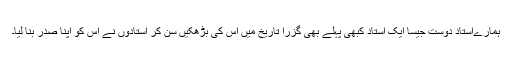
ہمارےاستاد دوست جیسا ایک استاد کبھی پہلے بھی گزرا تاریخ میں اس کی بڑھکیں سن کر استادوں نے اس کو اپنا صدر بنا لیا۔